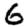
Digit: 6